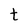
Character: t